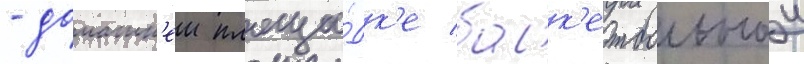
- домашн'еи площа́дк'е баск'етбольнои